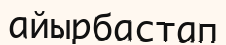
айырбастап